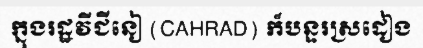
ក្នុងរដ្ឋវីជីនៀ (CAHRAD) ក៏បន្ទរស្រដៀង